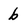
Character: b